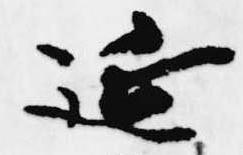
延